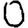
Digit: 0